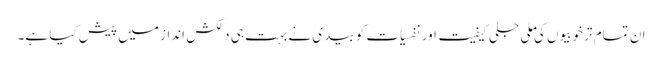
ان تمام تر خوبیوں کی ملی جلی کیفیت اور نفسیات کو بیدی نے بہت ہی دلکش انداز میں پیش کیا ہے۔